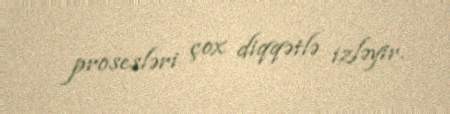
prosesləri çox diqqətlə izləyir.